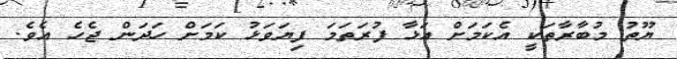
ޔޫތު މުބާރާތަކީ އެކަމަށް އަޅާ ފުރަތަމަ ފިޔަވަޅު ކަމަށް ހަދަން ޖެހެ އެވެ.